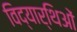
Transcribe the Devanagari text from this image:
विद्यार्थिओं